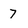
Character: 7